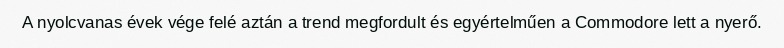
A nyolcvanas évek vége felé aztán a trend megfordult és egyértelműen a Commodore lett a nyerő.